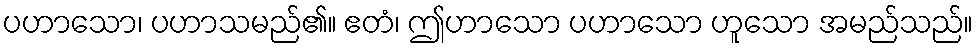
ပဟာသော၊ ပဟာသမည်၏။ ဧတံ၊ ဤဟာသော ပဟာသော ဟူသော အမည်သည်။